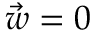
\vec { w } = 0